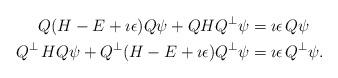
LaTeX: \begin{align*}Q(H-E+\imath \epsilon)Q\psi + QHQ^\perp \psi&= \imath \epsilon\,Q\psi\\ Q^\perp \,H Q\psi + Q^\perp(H-E+\imath \epsilon)Q^\perp \psi&= \imath \epsilon \,Q^\perp \psi.\end{align*}